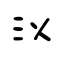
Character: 泤